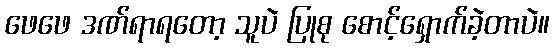
ဖေဖေ ဒဏ်ရာရတော့ သူပဲ ပြုစု စောင့်ရှောက်ခဲ့တာပဲ။